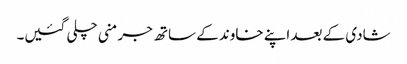
شادی کے بعد اپنے خاوند کے ساتھ جرمنی چلی گئیں۔